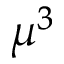
\mu ^ { 3 }